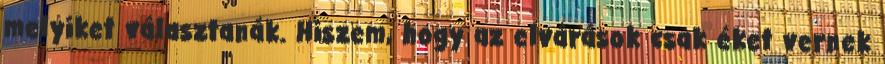
melyiket választanák. Hiszem, hogy az elvárások csak éket vernek